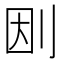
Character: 𠛭